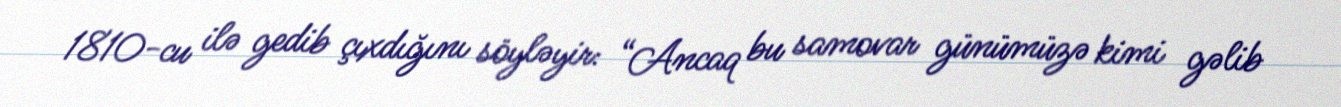
1810-cu ilə gedib çıxdığını söyləyir: “Ancaq bu samovar günümüzə kimi gəlib